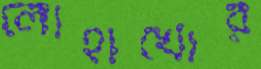
লোহাখোর